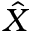
\hat { X }